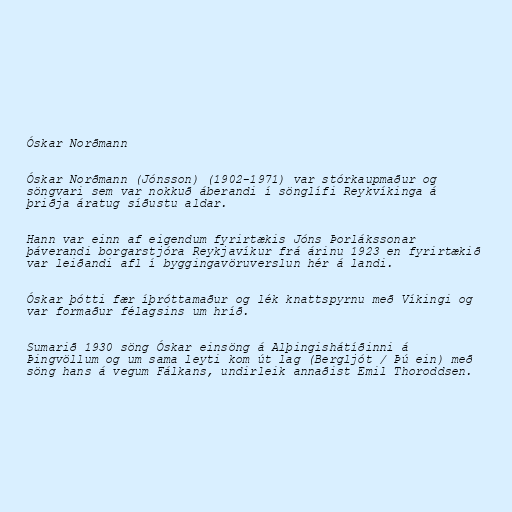
Óskar Norðmann

Óskar Norðmann (Jónsson) (1902-1971) var stórkaupmaður og
söngvari sem var nokkuð áberandi í sönglífi Reykvíkinga á
þriðja áratug síðustu aldar.

Hann var einn af eigendum fyrirtækis Jóns Þorlákssonar
þáverandi borgarstjóra Reykjavíkur frá árinu 1923 en fyrirtækið
var leiðandi afl í byggingavöruverslun hér á landi.

Óskar þótti fær íþróttamaður og lék knattspyrnu með Víkingi og
var formaður félagsins um hríð.

Sumarið 1930 söng Óskar einsöng á Alþingishátíðinni á
Þingvöllum og um sama leyti kom út lag (Bergljót / Þú ein) með
söng hans á vegum Fálkans, undirleik annaðist Emil Thoroddsen.